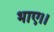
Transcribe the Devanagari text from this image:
भाए।।